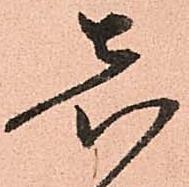
し